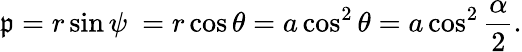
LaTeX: \mathfrak{p}=r\sin\psi\ =r\cos\theta=a\cos^{2}\theta=a\cos^{2}{\frac{{\alpha}}{{2}}}.